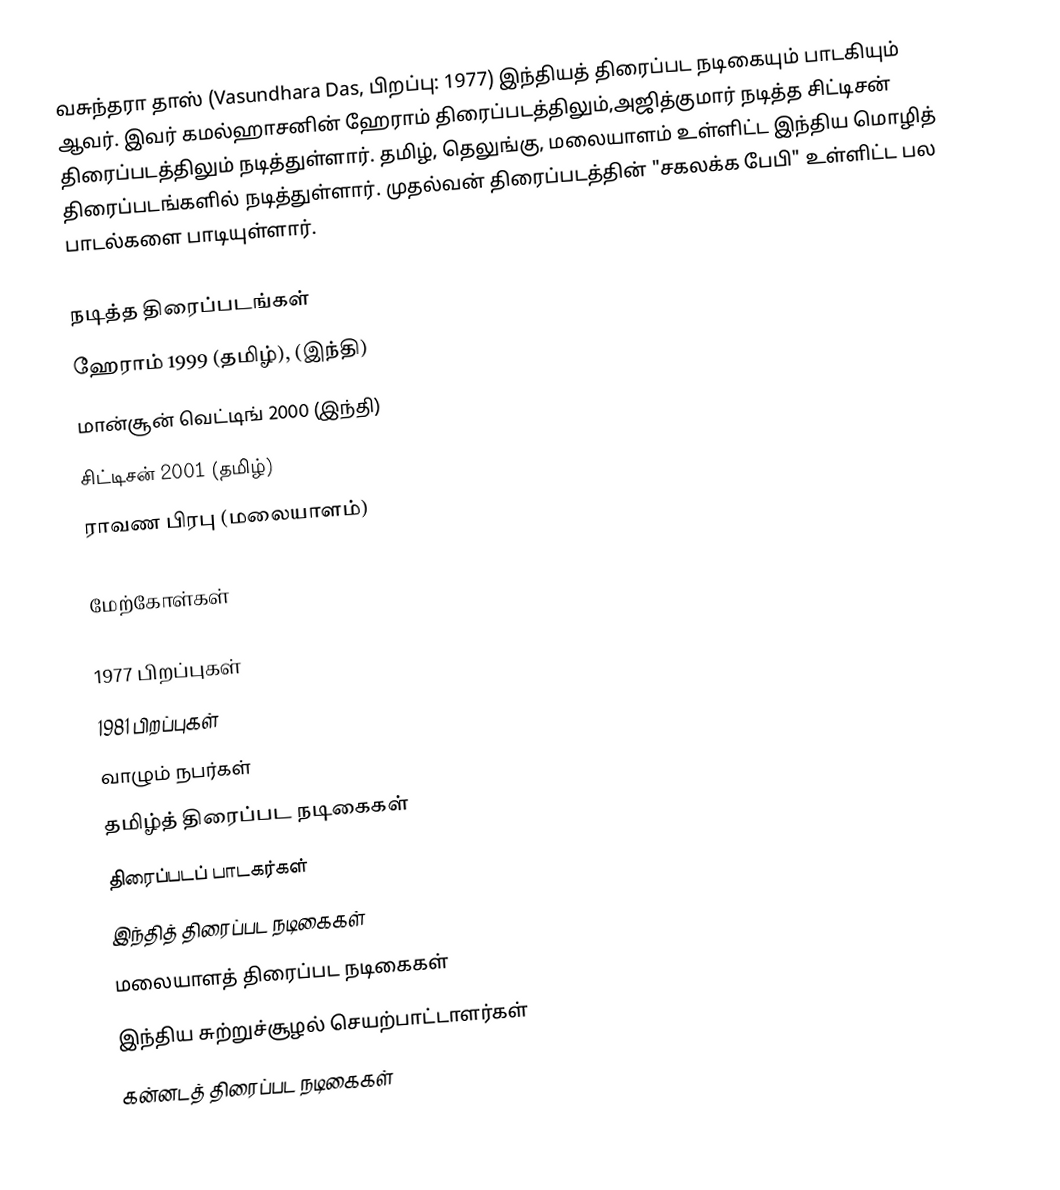
வசுந்தரா தாஸ் (Vasundhara Das, பிறப்பு: 1977) இந்தியத் திரைப்பட நடிகையும் பாடகியும் ஆவர். இவர் கமல்ஹாசனின் ஹேராம் திரைப்படத்திலும்,அஜித்குமார் நடித்த சிட்டிசன் திரைப்படத்திலும் நடித்துள்ளார். தமிழ், தெலுங்கு, மலையாளம் உள்ளிட்ட இந்திய மொழித் திரைப்படங்களில் நடித்துள்ளார். முதல்வன் திரைப்படத்தின் "சகலக்க பேபி" உள்ளிட்ட பல பாடல்களை பாடியுள்ளார்.

நடித்த திரைப்படங்கள்
ஹேராம் 1999 (தமிழ்), (இந்தி)
மான்சூன் வெட்டிங் 2000 (இந்தி)
சிட்டிசன் 2001 (தமிழ்)
 ராவண பிரபு (மலையாளம்)

மேற்கோள்கள்

1977 பிறப்புகள்
1981 பிறப்புகள்
வாழும் நபர்கள்
தமிழ்த் திரைப்பட நடிகைகள்
திரைப்படப் பாடகர்கள்
இந்தித் திரைப்பட நடிகைகள்
மலையாளத் திரைப்பட நடிகைகள்
இந்திய சுற்றுச்சூழல் செயற்பாட்டாளர்கள்
கன்னடத் திரைப்பட நடிகைகள்